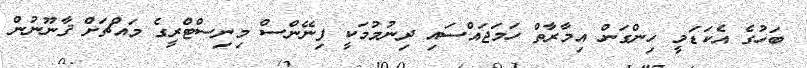
ބަހުގެ އެކަޑަމީ ހިންގަން އިމާރާތް ހަމަޖައްސައި ދިނުމުމަކީ ފިނޭންސް މިނިސްޓްރީގެ މައްޗަށް ޤާނޫނުން